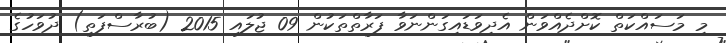
މި މަސައްކަތް ކޮށްދެއްވަން އެދިވަޑައިގަންނަވާ ފަރާތްތަކުން 09 ޖުލައި 2015 (ބުރާސްފަތި) ދުވަހުގެ